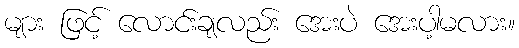
များ ဖြင့် လောင်းချလည်း အေးပဲ အေးပါ့မလား။